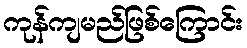
ကုန်ကျမည်ဖြစ်ကြောင်း